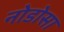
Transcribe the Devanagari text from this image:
नोडोसा